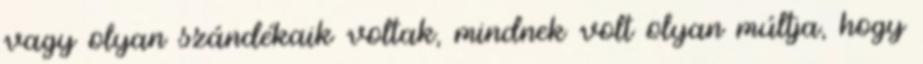
vagy olyan szándékaik voltak, mindnek volt olyan múltja, hogy